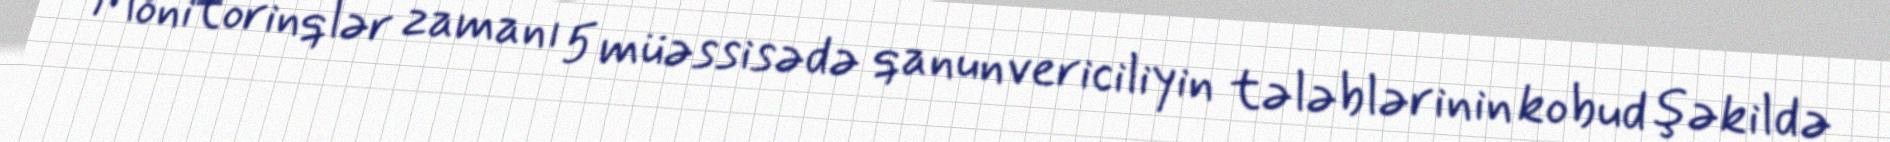
Monitorinqlər zamanı 5 müəssisədə qanunvericiliyin tələblərinin kobud şəkildə